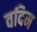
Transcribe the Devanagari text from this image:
वदिम